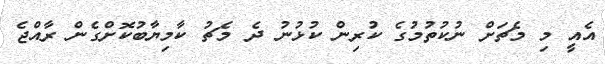
އެއީ މި މެޗަށް ނުކުތުމުގެ ކުރިން ކުޅުނު ދެ މެޗު ކާމިޔާބުކޮށްގެން ރާއްޖެ